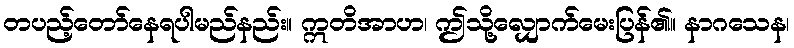
တပည့်တော်နေရပါမည်နည်း။ ဣတိအာဟ၊ ဤသို့လျှောက်မေးပြန်၏။ နာဂသေန၊